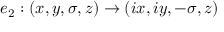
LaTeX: e _ { 2 } : ( x , y , \sigma , z ) \to ( i x , i y , - \sigma , z )